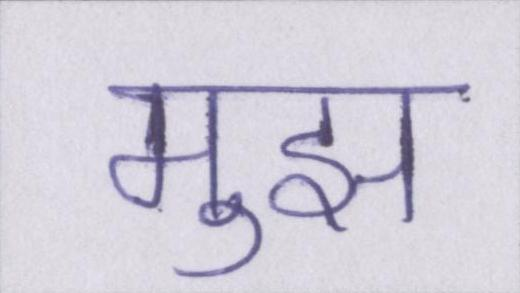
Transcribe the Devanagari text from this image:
मुझ